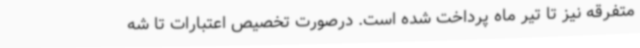
متفرقه نیز تا تیر ماه پرداخت شده است. درصورت تخصیص اعتبارات تا شه